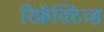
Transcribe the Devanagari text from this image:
रिफ्रॅक्‍टिव्ह